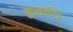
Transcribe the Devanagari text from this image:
मत्तायि